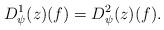
LaTeX: \begin{align*}D_{\psi}^{1}(z)(f) = D_{\psi}^{2}(z)(f).\end{align*}